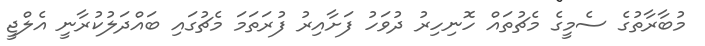
މުބާރާތުގެ ސެމީގެ މެޗުތައް ހޮނިހިރު ދުވަހު ފަށާއިރު ފުރަތަމަ މެޗުގައި ބައްދަލުކުރާނީ އެލްޖީ